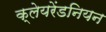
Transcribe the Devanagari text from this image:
क्लेयरेंडनियन